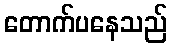
တောက်ပနေသည်